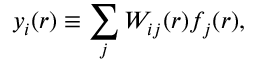
y _ { i } ( r ) \equiv \sum _ { j } W _ { i j } ( r ) f _ { j } ( r ) ,